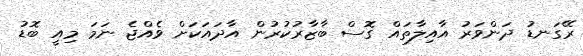
ރޭގަނޑު ދަންވަރު އާއިލާތައް ގޮސް ބާޒާރުކުރުން އާދައަކަށް ވެއްޖެ ނަމަ މިއީ ބޮޑު